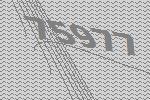
75977